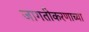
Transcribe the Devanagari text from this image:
जागतीकरणाच्या